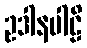
ဥဒါနပါဠိ